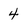
Character: 4